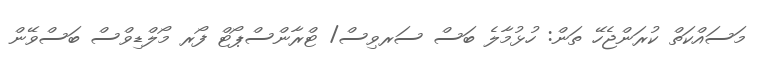
މަސައްކަތް ކުރަންޖެހޭ ތަން: ހުޅުމާލެ ބަސް ސަރވިސް/ ޓްރާންސްޕޯޓް ފޯރ މޯލްޑިވްސް ބަސްވޭން